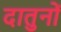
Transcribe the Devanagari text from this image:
दातुनों